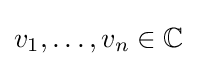
v_{1},\ldots ,v_{n}\in \mathbb {C}